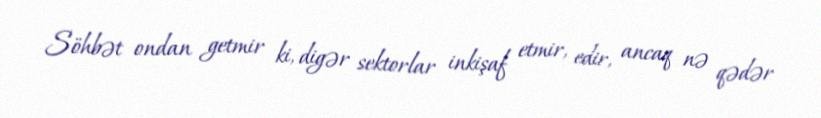
Söhbət ondan getmir ki, digər sektorlar inkişaf etmir, edir, ancaq nə qədər